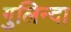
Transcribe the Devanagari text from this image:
गुलिन्दा